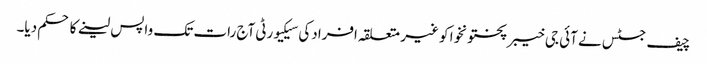
چیف جسٹس نے آئی جی خیبرپختونخوا کو غیر متعلقہ افرادکی سیکیورٹی آج رات تک واپس لینے کا حکم دیا۔